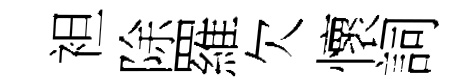
袒除羅欠懷詞